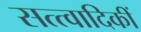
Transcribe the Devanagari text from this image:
सत्त्वादिकीं